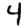
Digit: 4